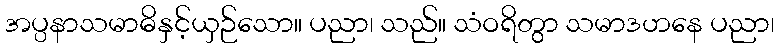
အပ္ပနာသမာဓိနှင့်ယှဉ်သော။ ပညာ၊ သည်။ သံဝရိတွာ သမာဒဟနေ ပညာ၊